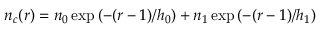
n _ { c } ( r ) = n _ { 0 } \exp { ( - ( r - 1 ) / h _ { 0 } ) } + n _ { 1 } \exp { ( - ( r - 1 ) / h _ { 1 } ) }